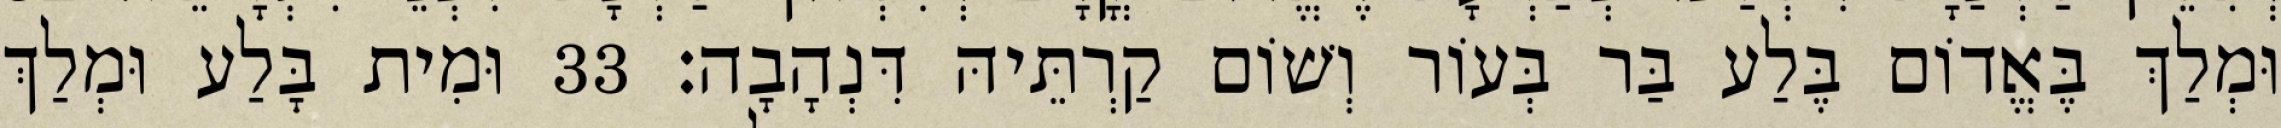
וּמְלַךְ בֶּאֱדוֹם בֶּלַע בַּר בְּעוֹר וְשׁוֹם קַרְתֵּיהּ דִּנְהָבָה׃ 33 וּמִית בָּלַע וּמְלַךְ